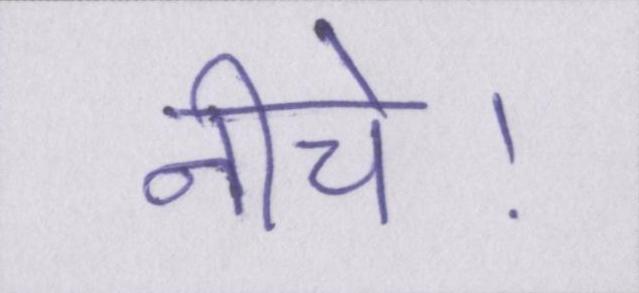
नीचे।